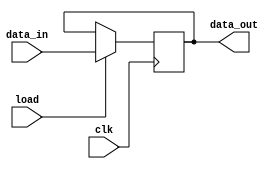
`timescale 1ns / 1ps
//////////////////////////////////////////////////////////////////////////////////
// Company: 
// Engineer: 
// 
// Design Name: 
// Module Name: ir
// Project Name: 
// Target Devices: 
// Tool Versions: 
// Description: 
// 
// Dependencies: 
// 
// Revision:
// Revision 0.01 - File Created
// Additional Comments:
// 
//////////////////////////////////////////////////////////////////////////////////

module IR ( input [7:0] data_in, input load, clk, 
output reg [7:0] data_out );
always @( posedge clk )
if ( load ) data_out <= data_in;
endmodule